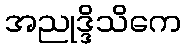
အညုဒ္ဒိသိကေ